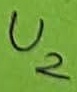
Text: U2